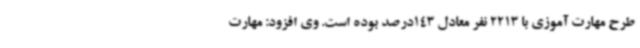
طرح مهارت آموزی با 2213 نفر معادل 143درصد بوده است. وی افزود: مهارت